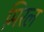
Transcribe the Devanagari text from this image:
मिरल